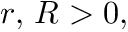
r , \, R > 0 ,